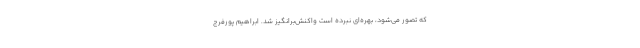
که تصور می‌شود، بهره‌ای نبرده است واکنش‌برانگیز شد. ابراهیم پورفرج